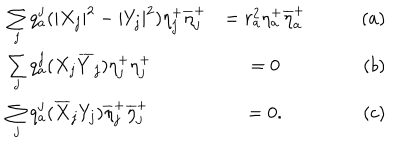
\begin{array} { l c r } { { \sum _ { j } q _ { a } ^ { j } ( | X _ { j } | ^ { 2 } - | Y _ { j } | ^ { 2 } ) \eta _ { j } ^ { + } \overline { { { \eta } } } _ { j } ^ { + } } } & { { = r _ { a } ^ { 2 } \eta _ { a } ^ { + } \overline { { { \eta } } } _ { a } ^ { + } \qquad } } & { { ( a ) } } \\ { { \sum _ { j } q _ { a } ^ { j } ( X _ { j } \overline { { { Y } } } _ { j } ) \eta _ { j } ^ { + } { \eta } _ { j } ^ { + } } } & { { = 0 \qquad } } & { { ( b ) } } \\ { { \sum _ { j } q _ { a } ^ { j } ( \overline { { { X } } } _ { j } { Y _ { j } } ) \overline { { { \eta } } } _ { j } ^ { + } \overline { { { \eta } } } _ { j } ^ { + } } } & { { = 0 . \qquad } } & { { ( c ) } } \\ \end{array}